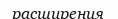
расширения